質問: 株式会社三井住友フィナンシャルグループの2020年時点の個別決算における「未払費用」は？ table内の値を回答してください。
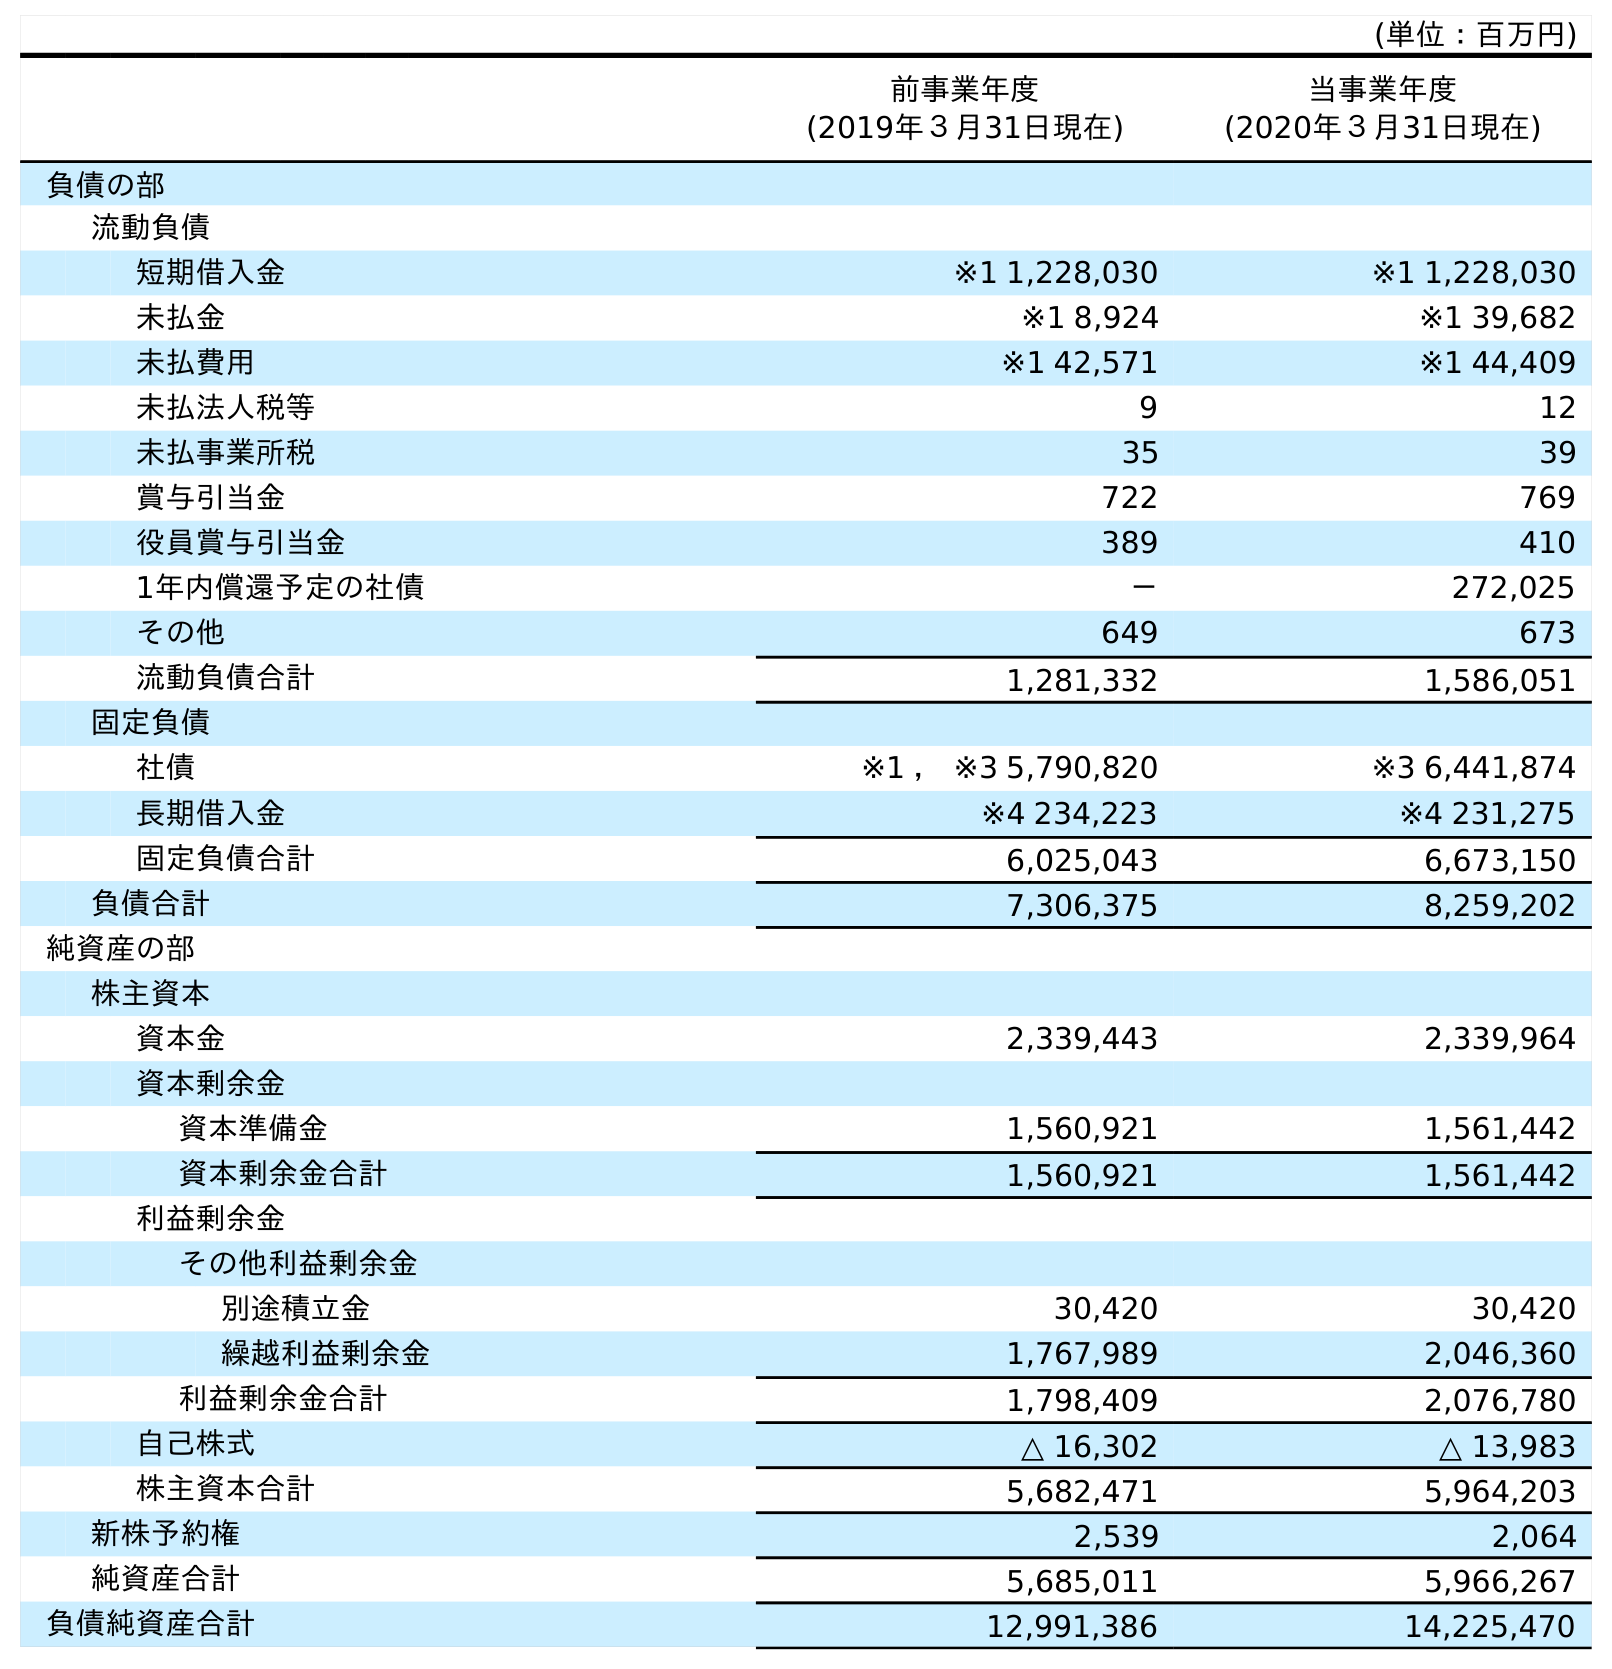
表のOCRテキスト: (単位：百万円) 前事業年度 (2019年３月31日現在) 当事業年度 (2020年３月31日現在) 負債の部 流動負債 短期借入金 ※1 1,228,030 ※1 1,228,030 未払金 ※1 8,924 ※1 39,682 未払費用 ※1 42,571 ※1 44,409 未払法人税等 9 12 未払事業所税 35 39 賞与引当金 722 769 役員賞与引当金 389 410 1年内償還予定の社債 － 272,025 その他 649 673 流動負債合計 1,281,332 1,586,051 固定負債 社債 ※1 ， ※3 5,790,820 ※3 6,441,874 長期借入金 ※4 234,223 ※4 231,275 固定負債合計 6,025,043 6,673,150 負債合計 7,306,375 8,259,202 純資産の部 株主資本 資本金 2,339,443 2,339,964 資本剰余金 資本準備金 1,560,921 1,561,442 資本剰余金合計 1,560,921 1,561,442 利益剰余金 その他利益剰余金 別途積立金 30,420 30,420 繰越利益剰余金 1,767,989 2,046,360 利益剰余金合計 1,798,409 2,076,780 自己株式 △ 16,302 △ 13,983 株主資本合計 5,682,471 5,964,203 新株予約権 2,539 2,064 純資産合計 5,685,011 5,966,267 負債純資産合計 12,991,386 14,225,470
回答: ※144,409